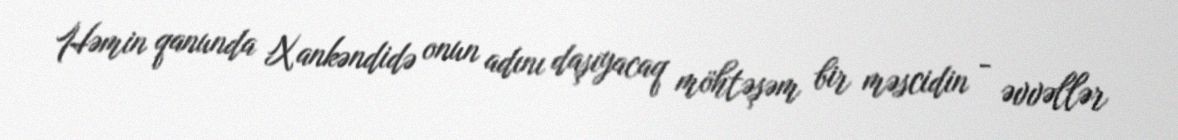
Həmin qanunda Xankəndidə onun adını daşıyacaq möhtəşəm bir məscidin - əvvəllər